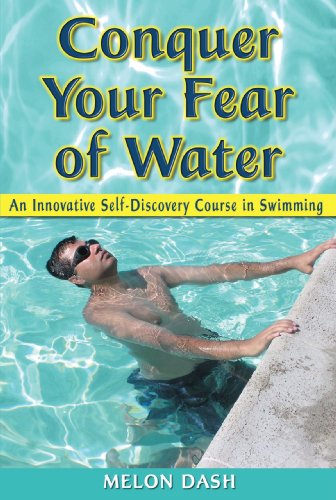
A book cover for Conquer Your Fear of Water: An Innovative Self-Discovery Course in Swimming; Melon Dash; Sports & Outdoors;